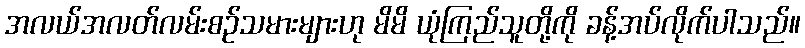
အလယ်အလတ်လမ်းစဉ်သမားများဟု မိမိ ယုံကြည်သူတို့ကို ခန့်အပ်လိုက်ပါသည်။